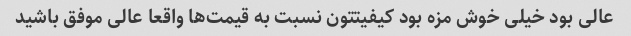
عالی بود خیلی خوش مزه بود کیفیتتون نسبت به قیمت‌ها واقعا عالی موفق باشید